Tartu_pedagoogiumi_aruanded, lk 13
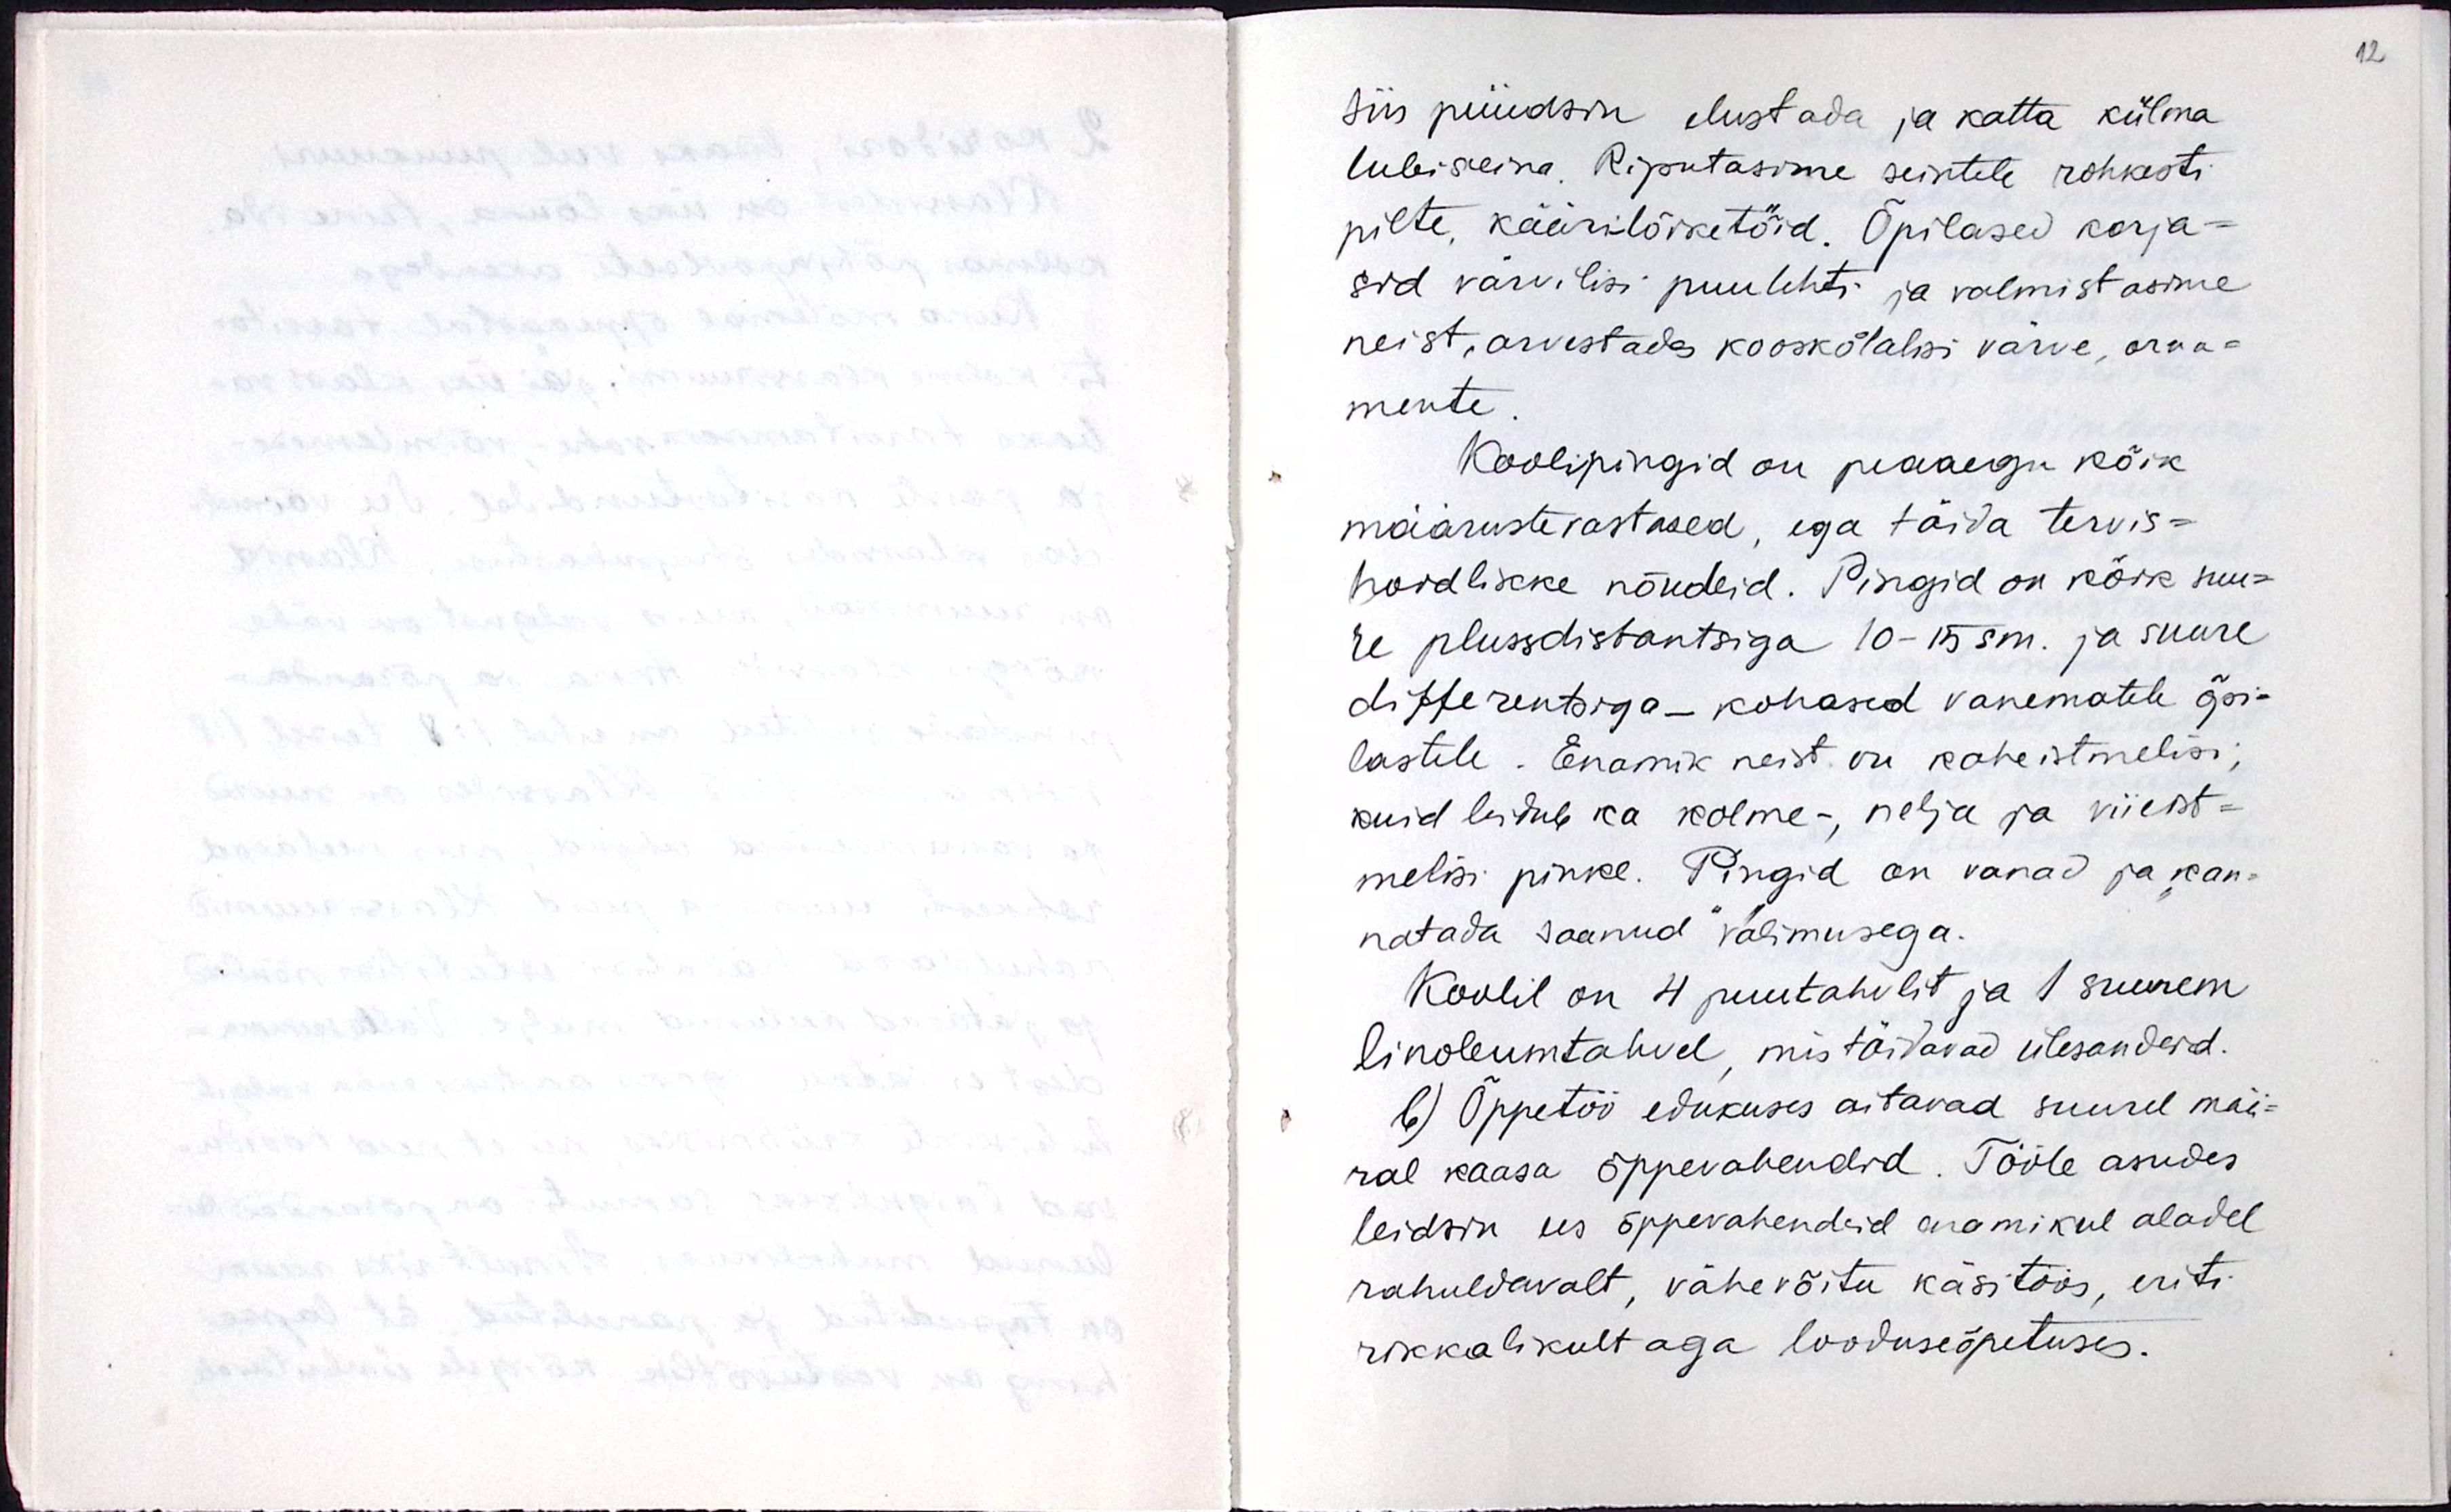
siis püüdsin elustada ja katta külma
lubiseina. Riputasime seintele rohkesti
pilte, käärilõiketöid. Õpilased korja-
sid värvilisi puulehti ja valmistasime
neist arvestades kooskõlalisi värve, orna-
mente.
Koolipingid on peaaegu kõik
määrustevastased, ega täida tervis-
hoidlikke nõudeid. Pingid on kõik suu-
re plussdistantsiga 10-15cm ja suure
differentsiga - kohased vanematele õpi-
lastele. Enamik neist on kaheistmelisi,
kuid leidub ka kolme-, nelja ja viieist-
melisi pinke. Pingid on vanad ja kan-
natada saanud välimusega.
Koolil on 4 puutahvlit ja 1 suurem
linoleumtahvel, mis täidavad ülesandeid.
b) Õppetöö edukuses aitavad suurel mää-
ral kaasa õppevahendid. Tööle asudes
leidsin ees õppevahendeid enamikul aladel
rahuldavalt, vähevõitu käsitöös, eriti
rikkalikult aga looduseõpetuses.